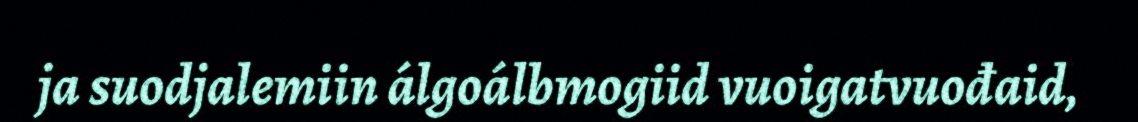
ja suodjalemiin álgoálbmogiid vuoigatvuođaid,